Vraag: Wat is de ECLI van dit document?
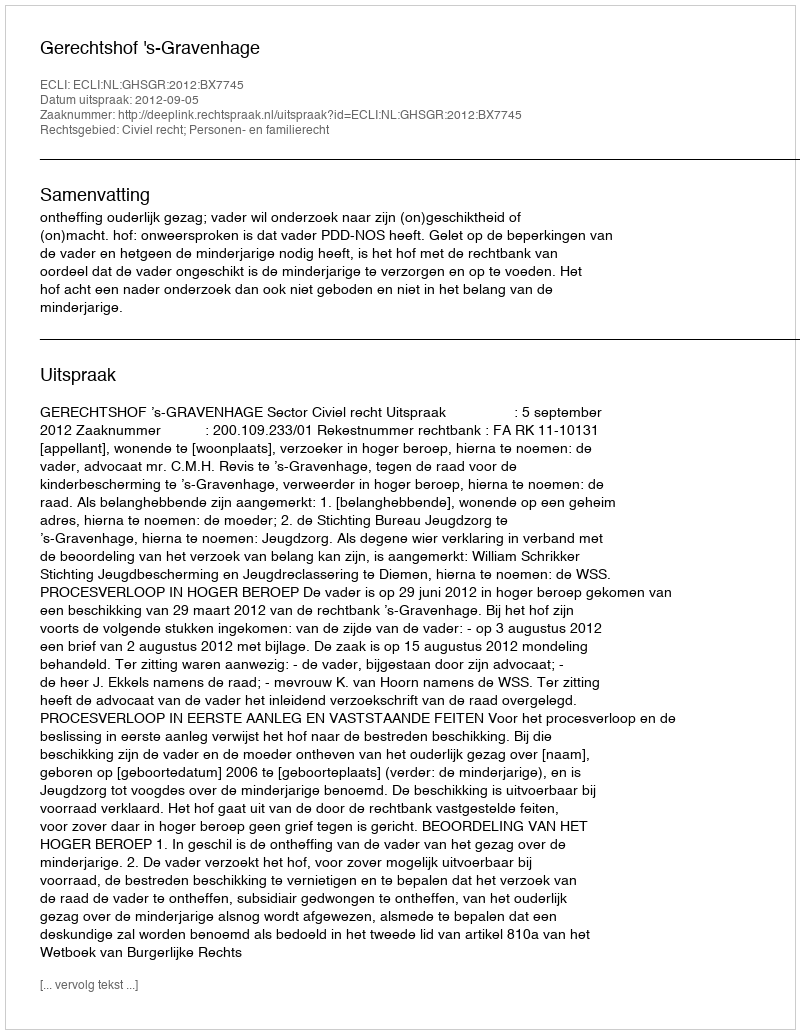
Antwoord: ECLI:NL:GHSGR:2012:BX7745